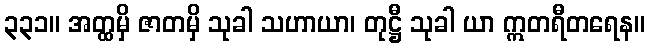
၃၃၁။ အတ္ထမှိ ဇာတမှိ သုခါ သဟာယာ၊ တုဋ္ဌီ သုခါ ယာ ဣတရီတရေန။